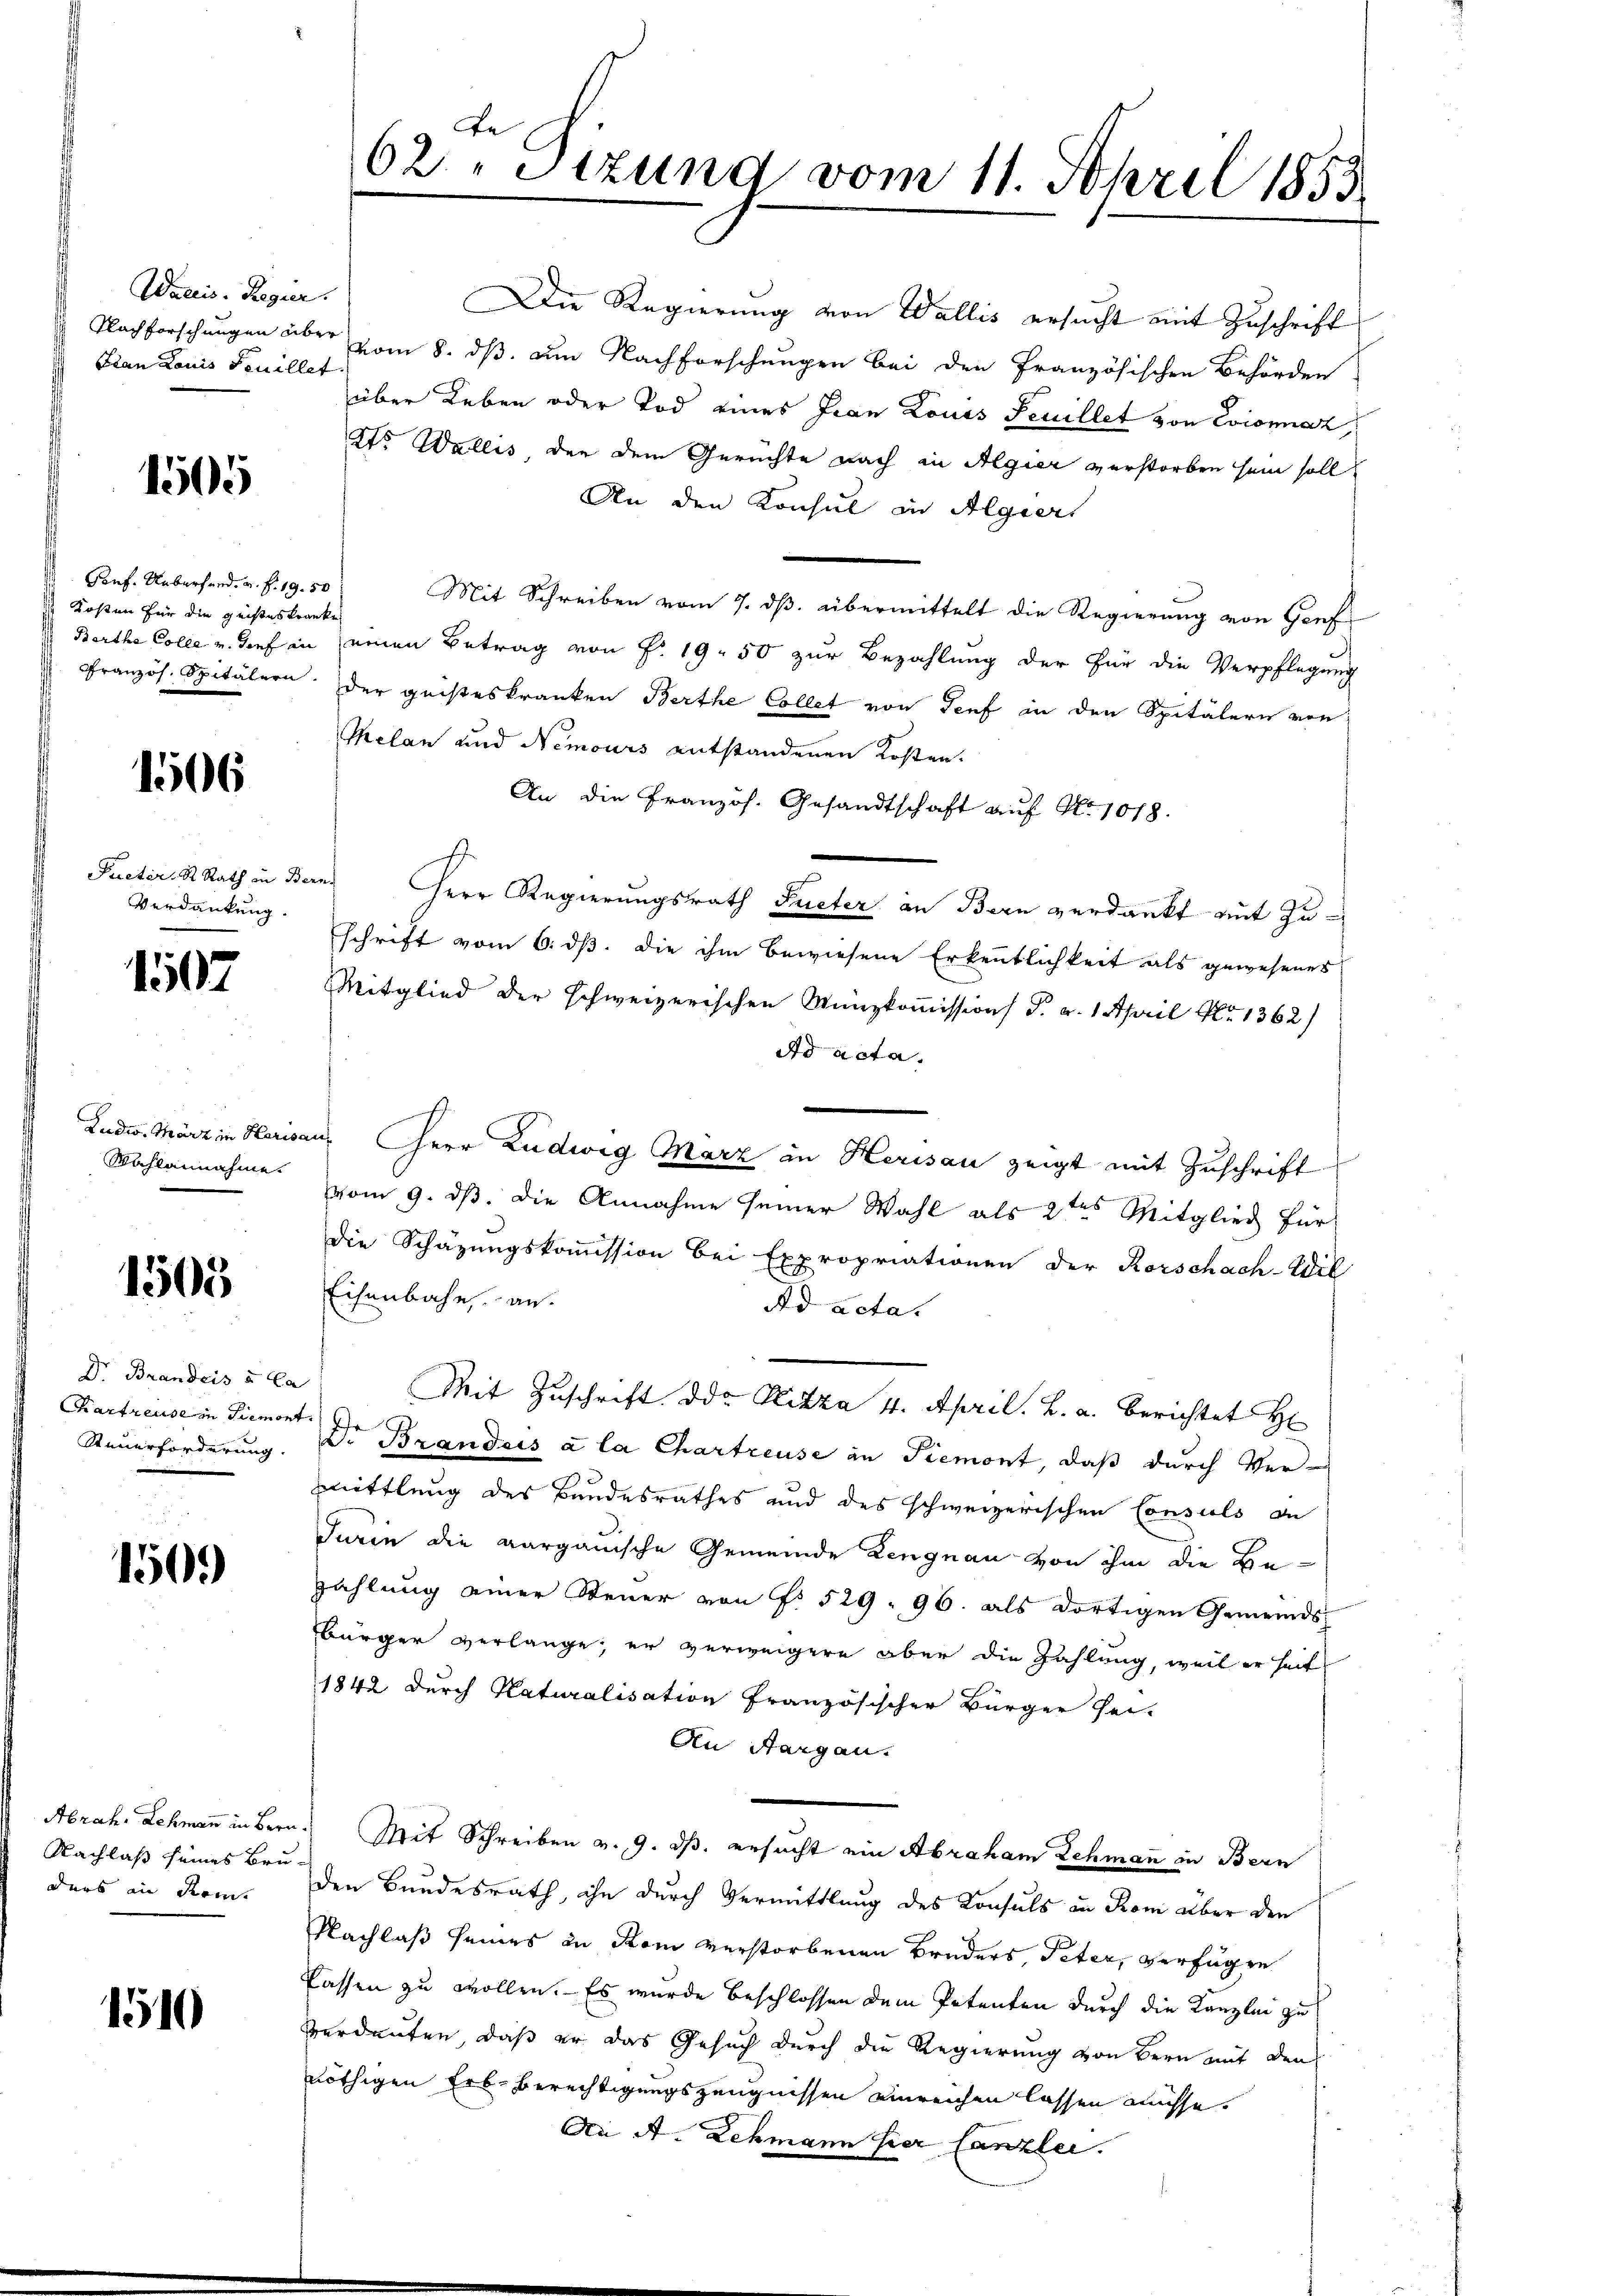
Waris. Regier.
Plan Louis Feuillet

1505

Gonf. Ueberfand, a. f. 19. 50
Kosten für die geisteskranke

1506

Verdankung.

1507

Wahlannahme.

1505

Dr Brandeis u Ca
Steuerforderung.

150)

Abrach, Lehmann in Ber
Nachlaß seines Bru
ders in deren.

1510

62. „Stzung vom 11. April 1853

Die Regierung von Wallis ersucht mit Zuschrift
Nachforschungen über vom 8. dß. am Nachforschungen bei den Französischen Behörden
über Leben oder Tod eines Frau Louis Feuillet von Evionnaz,
2to Wallis, den dem Gerüchte nach in Algier verstorben sein soll,
An den Konsul in Algiers
Mit Schreiben vom 7. ds. übermittelt die Regierung von Bonf
Berthe Colle u. dies in einen Betrag von P. 19. 50 zur Bezahlung der für die Verpflegung
" Französ. Spitälern. Der geisteskranken Berthe Collet von Genf in den Spitälern von
Thelan und Nemours entstandenen Kosten.
An die Französ. Gesandtschaft auf No 1018.
Pueter. K. Rath in Bern Herr Regierungsrath Fueter an Bern verdankt mit Zuschrift vom 6. ds. die ihm bewiesene Erkenntlichkeit als gewesenes
Mitglied der schweizerischen Münzkoṁission F. v. 1. April Nr. 1362)
Ad acta,
.
Ludw. März in Herisau, Herr Ludwig Marz in Herisau zeigt mit Zuschrift
vom 9. ds. die Annahme seiner Wahl als 2ten Mitglied für
die Schazungskommission bei Expropriationen der Rorschach-Wil
Eisenbahn, an.
Ad acta.
Mit Zuschrift. Die Sitza 4. April. L. a. berichtet H
Chartreuse in Piemont Dr Brandais à la Chartreuse an Piemont, daß durch Vermmittlung des Bundesrathes und des schweizerischen Consuls de
Turin die aargauische Gemeinde Lengnau von ihm die Be-
zahlŭng einer Steŭer von f. 529. 96. als dortigen Gemeinds-
bürger verlange; er verweigere aber die Zahlung, weil er heit
1842 durch Naturalisation französischer Bürger hei-
An Aargau.
 Mit Schreiben v. 9. dβ. ersucht ein Abraham Schmann in Bern
den Bundesrath, ihn durch Vermittlung des Konsuls in Rom über den
Nachlaß seines in Rom verstorbenen Bruders, Peter, verfügen
Cassen zu wollen. Es wurde beschlossen dem Petenten durch die Kanzlei zu
verdanten, daß er das Gesuch durch die Regierung von Bern mit den
nöthigen Erb-Berechtigungszeugnissen einreichen lassen müsse.
An A. Lehmann hier Canzlei.